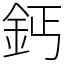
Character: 鈣